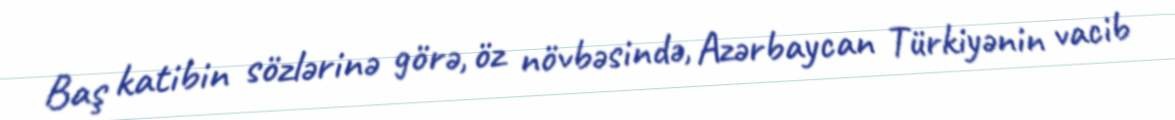
Baş katibin sözlərinə görə, öz növbəsində, Azərbaycan Türkiyənin vacib